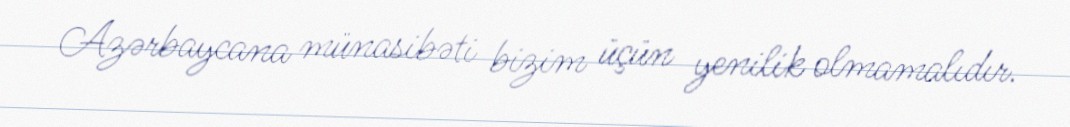
Azərbaycana münasibəti bizim üçün yenilik olmamalıdır.